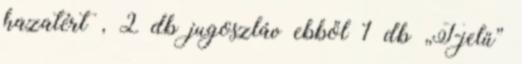
hazatért , 2 db jugoszláv ebből 1 db „T-jelű”